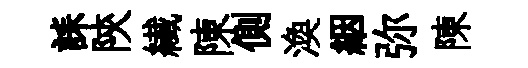
誄陝纎陳側渙絪弥陳